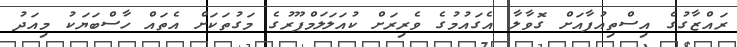
ރައްޒާގުގެ އިސްތިއުފާއަށް ގޮވާލާ އެގައުމުގެ ވެރިރަށް ކުއަލަލަމްޕޫރުގެ މަގުތަކަށް އެތައް ހާސްބަޔަކު މިއަދު